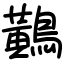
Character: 鷬